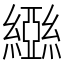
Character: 𬘃